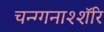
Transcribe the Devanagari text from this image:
चन्ग्गनाश्शॅरि